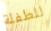
للطفلة